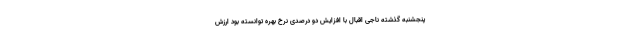
پنجشنبه گذشته ناجی اقبال با افزایش دو درصدی نرخ بهره توانسته بود ارزش